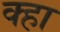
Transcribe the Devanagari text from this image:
क्हा